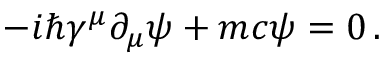
- i \hbar \gamma ^ { \mu } \partial _ { \mu } \psi + m c \psi = 0 \, .